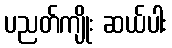
ပညတ်ကျိုး ဆယ်ပါး